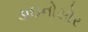
ડાઇનોસોર